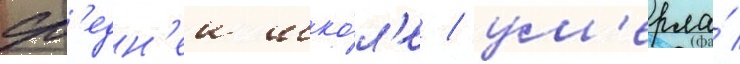
ср'едн'еи шко́л'е / ум'ерла́